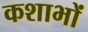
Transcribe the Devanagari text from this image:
कशाभों